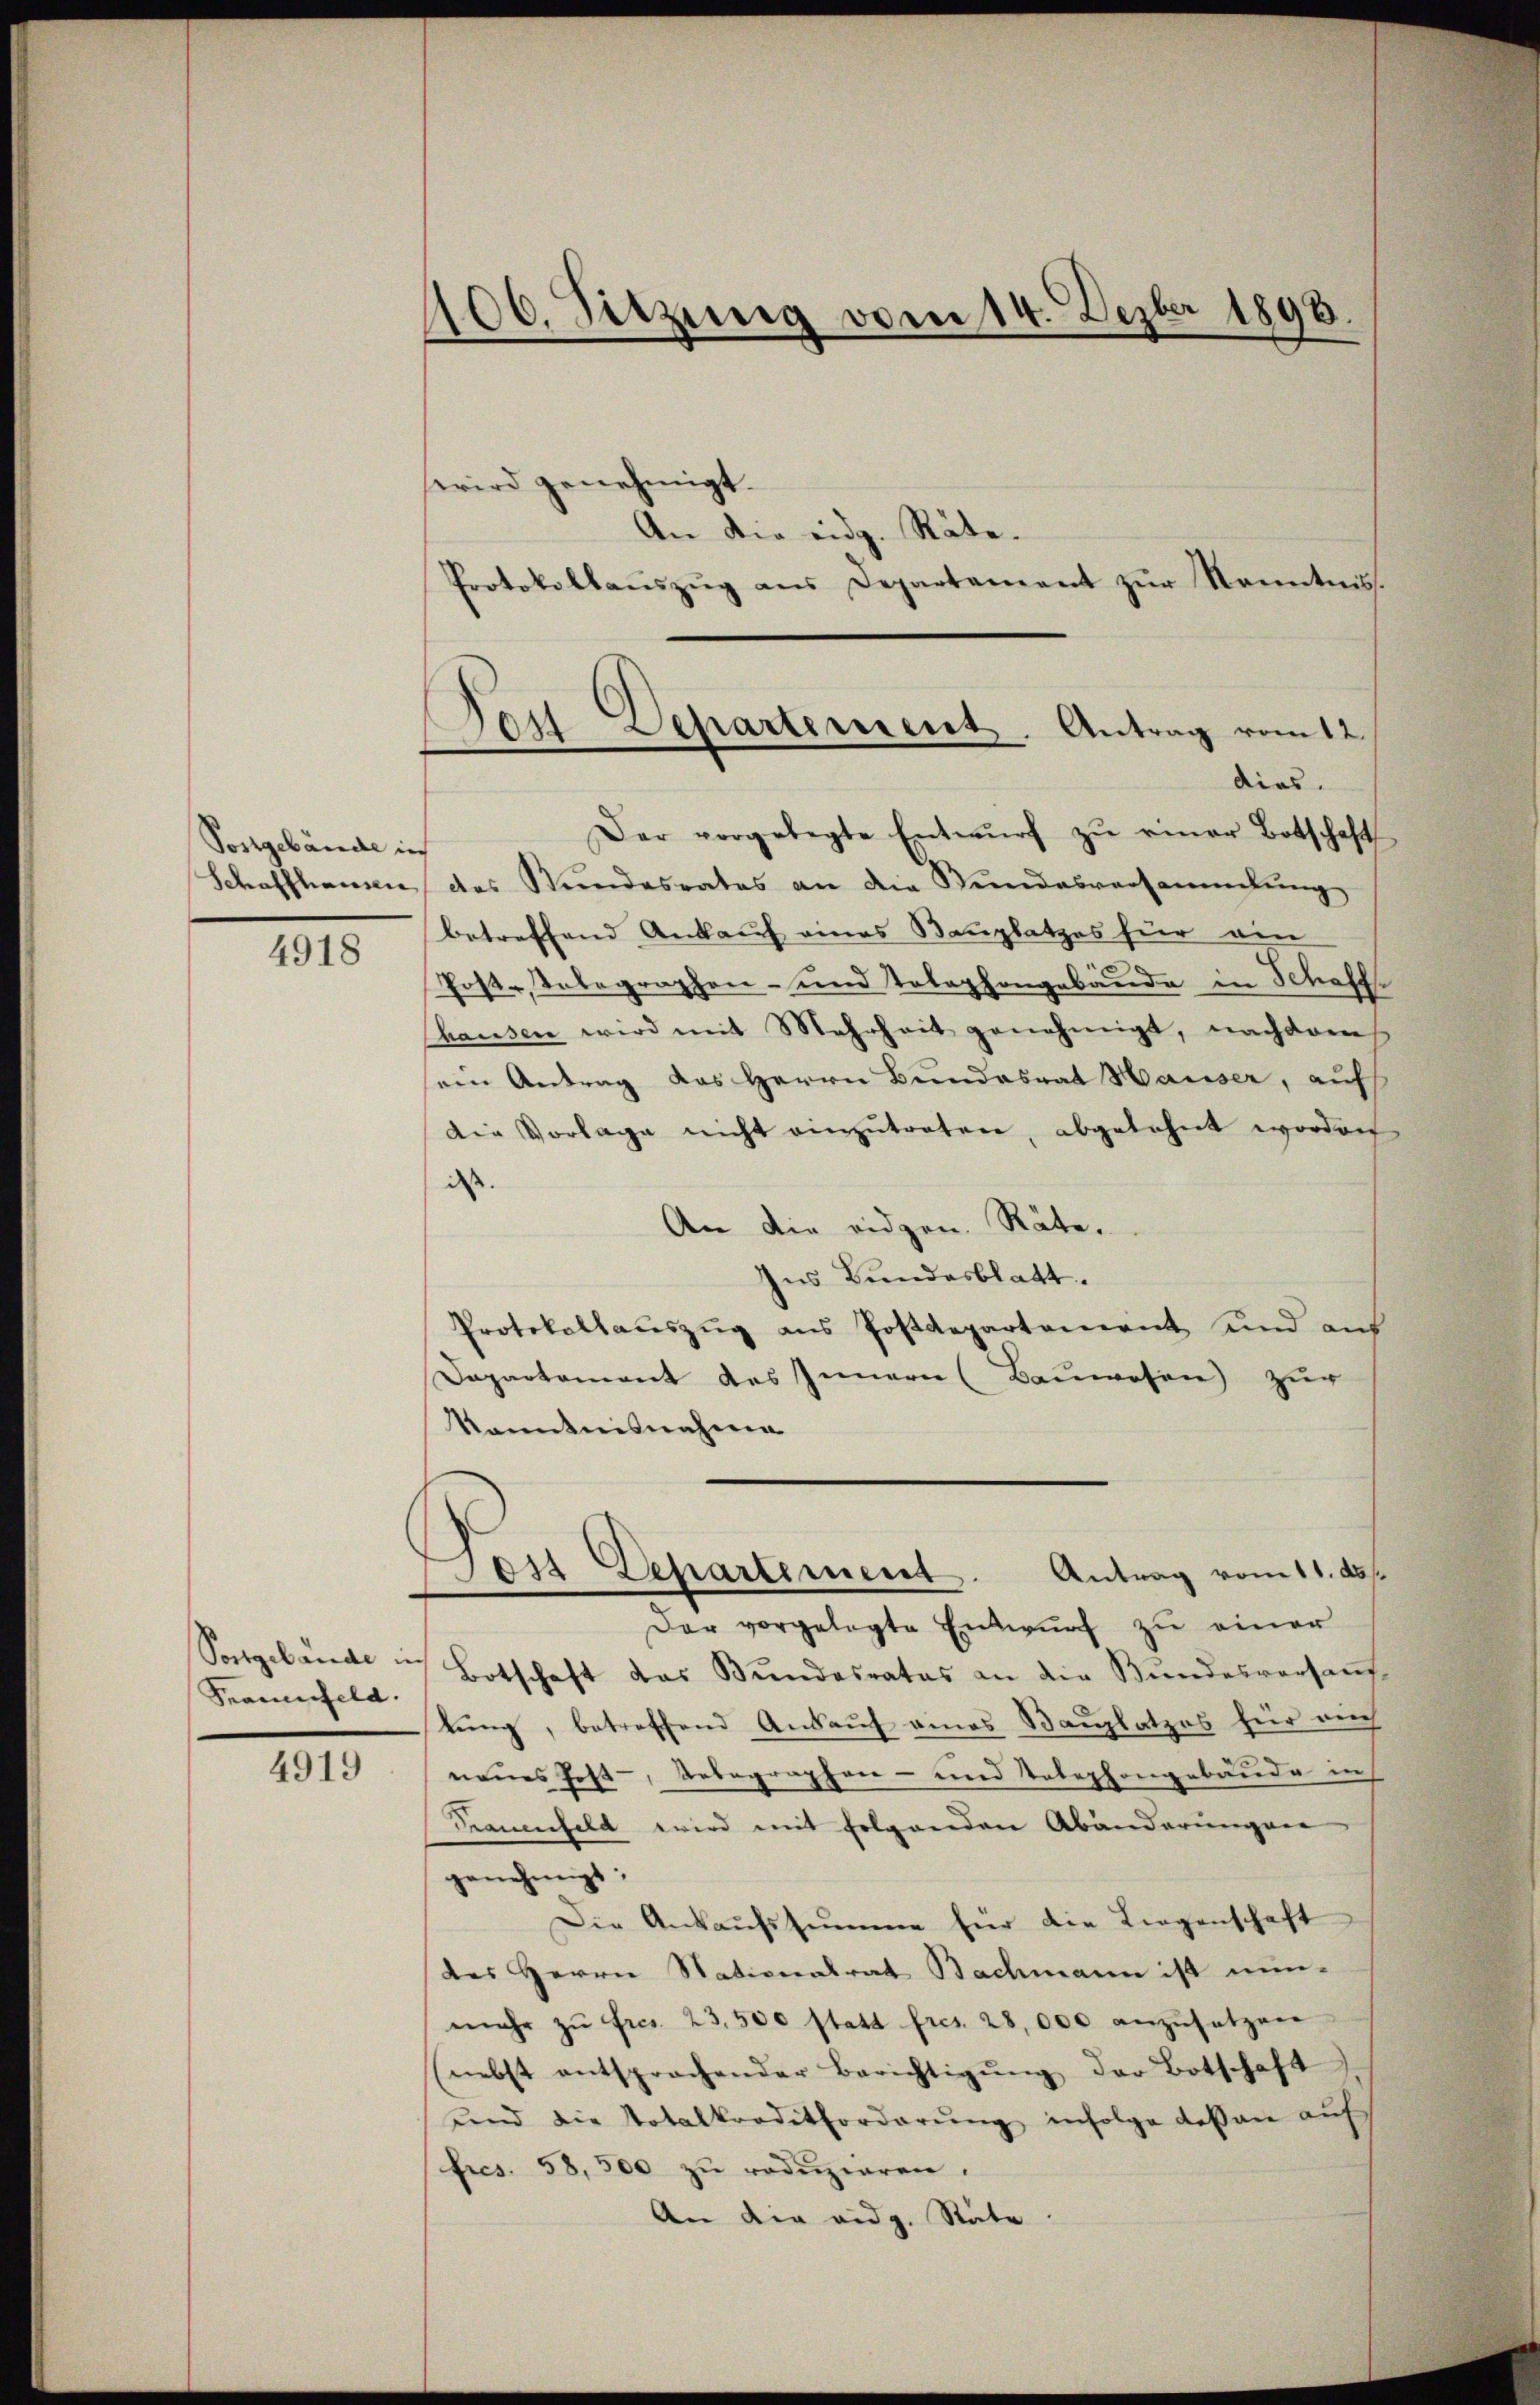
Postgebäude in

4918

Frauenfeld.

4919

100. Sitzung vom 14. Dezbr 1896.

wird genehmigt.
An die eidg. Räte.
Protokollaŭszŭg ans Departement zŭr Kenntnis.
Der vorgelegte Entwŭrf zŭ einer Botschaft
Schaffhausen, das Stŭndesrates an die Stŭndesversammlung
betreffend Ankauf eines Bauplatzes für ein
Post-, Telegraphen- und Telephongebäude in Schaff
Chausen wird mit Mehrheit genehmigt, nachdem
sein Antrag das Herrn Bundesrat Hauser, auf
Die Vorlage nicht einzŭtreten, abgelehnt worden
dass
An die eidgen. Räte.
Ins Bundesblatt.
Protokollaŭszŭg ans Postdepartement und aus
Dapartement des Innern (Bauwesen) zur
Kenntnisnahme
Lois Departement. Antrag vom 11. ds.
Der vorgelegte Entwŭrf zu einer
Songelände u. Botschaft das Bundesrates an die Bŭndesversan
tung, betreffend Ankauf eines Bauplatzes für auch
neues Post-, Unbegraphen- und Telephongebäude in
Kaminfeld wird mit folgenden Abänderungen
genehmigt:
Die Ankaŭfssumme für die Liegenschaft
des Herrn Nationalrat Bachmann ist nun-
mehr zŭ Fres. 23,500 statt fres. 28,000 anzusetzen
(nebst entsprochender Berichtigŭng der Botschaft
ŭnd die Totalkorditforderŭng infolge deßen aŭf
fres. 58. 500 zŭ redŭzieren.
An die eidg. Stäte

Das Departement. Antrag vom 12.
dies.